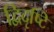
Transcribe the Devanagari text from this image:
द्विदृष्टि